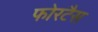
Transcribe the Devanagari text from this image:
फोरटैस